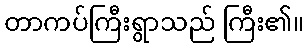
တာကပ်ကြီးရွာသည် ကြီး၏။